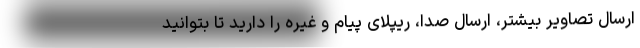
ارسال تصاویر بیشتر، ارسال صدا، ریپلای پیام و غیره را دارید تا بتوانید